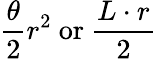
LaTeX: {\frac{\theta}{2}}r^{2}\ {\mathrm{or}}\ {\frac{L\cdot r}{2}}\,